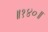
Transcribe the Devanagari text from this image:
॥१४०॥